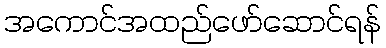
အကောင်အထည်ဖော်ဆောင်ရန်